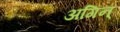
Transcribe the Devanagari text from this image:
अगिन्